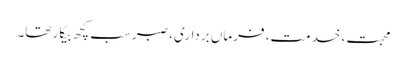
محبت، خدمت، فرماں برداری، صبر سب کچھ بیکار تھا۔